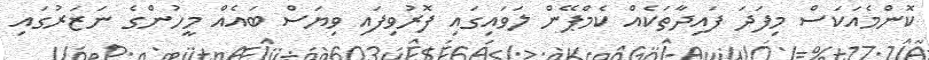
ކޮންމެއަކަސް މިފަދަ ފައިދާތަކެއް ކެމްޕޭން ލަވައިގައި ފޮރުވިފައި ވިޔަސް ބައެއް މީހުންގެ ނަޒަރުގައި